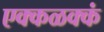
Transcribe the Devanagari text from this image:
एक्कळक्कं